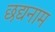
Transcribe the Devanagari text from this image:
छद्यनाम